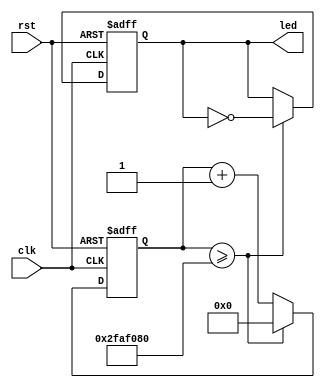
/*
 * Module: Multiplexed combinational gates
 * 
 * Version: 1.0
 *
 *
 * Description: RTL for implementing eight combinational gates with the 
 * outputs of the gates multiplexed using an 8:1 Multiplexer. The gates
 * implemented are NAND, AND, NOR, OR, XOR, XNOR, NOT, and a non-inverting
 * buffer. 
 */

module clk_divider(clk, rst, led);
	input clk, rst;
	output led;
	
	reg led;
	reg [26:0] counter;
	
	always@(posedge rst or posedge clk) begin
		if (rst) begin
			led <= 0;
			counter <= 0;
		end
		else
			if (counter >= 50000000) begin
				counter <= 0;
				led <= ~led;
			end
			else begin
				counter <= counter + 1;
			end
	end
	
endmodule

module four_bit_counter(clk, rst, a0, a1, a2, a3);
	input clk, rst;
	output reg a0, a1, a2, a3;
	
	always @(posedge clk or posedge rst) begin
		if (rst) begin
			a0 <= 1'b0;
			a1 <= 1'b0;
			a2 <= 1'b0;
			a3 <= 1'b0;
		end
		else begin
			a3 <= a3 ^ (a0&a1&a2);
			a2 <= a2 ^ (a1&a0);
			a1 <= a0^a1;
			a0 <= ~a0;
		end
	end

endmodule